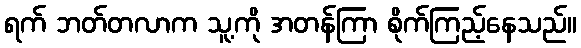
ရက် ဘတ်တလာက သူ့ကို အတန်ကြာ စိုက်ကြည့်နေသည်။